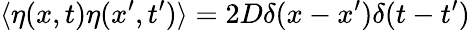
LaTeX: \langle\eta(x,t)\eta(x^{\prime},t^{\prime})\rangle=2D\delta(x-x^{\prime})\delta(t-t^{\prime})